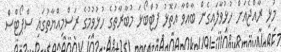
މުޅި ރާއްޖެއަށް ހުޅުވާލައިގެން ބާއްވާ އަތޮޅު ފުޓްބޯޅަ މުބާރާތުގެ ހުޅުވުމުގެ ރަސްމިއްޔާތުގައި ސްޕޯޓްސް